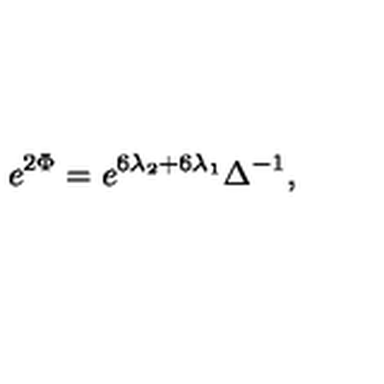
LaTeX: e ^ { 2 \Phi } = e ^ { 6 \lambda _ { 2 } + 6 \lambda _ { 1 } } \Delta ^ { - 1 } ,